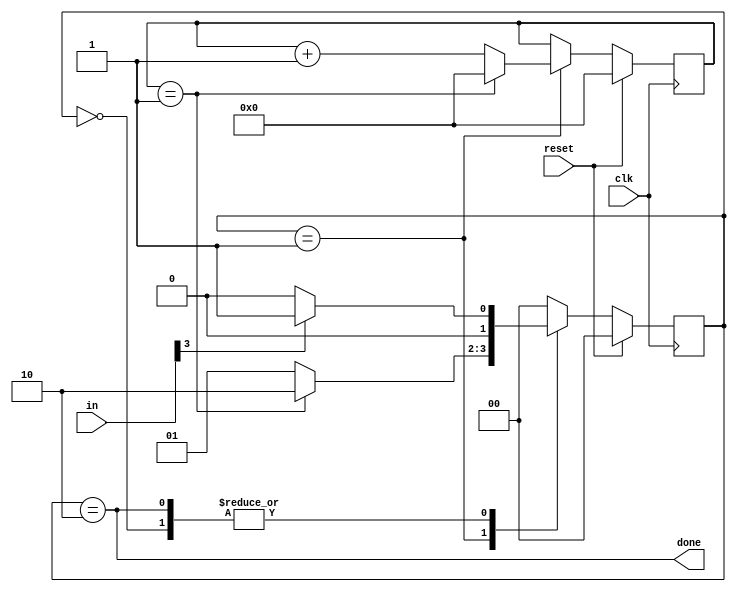
module top_module(
    input clk,
    input [7:0] in,
    input reset,    // Synchronous reset
    output done); //

    
    //
    //IDLEin[3]
    //COUNT
    //DONE
    //DONEin[3]idle
    //
    parameter IDLE=0, COUNT=1, DONE=2;
    reg [1:0] state, next_state;
    reg [4:0] cnt;
    
    
    //flagcntalwaysflagcnt
    always@(posedge clk)
        begin
            if(reset) begin
                    cnt<=0;
                end
            else if(state==COUNT)begin
                if(cnt==1) cnt<=0;
                else cnt<=cnt+1;
            end
        end
    
    // State transition logic (combinational)
    always@(*)
        begin
            case(state)
                IDLE: next_state = in[3]?COUNT:IDLE;
                COUNT:next_state = (cnt==1)?DONE:COUNT;
                DONE: next_state = in[3]?COUNT:IDLE;
                default:next_state = IDLE;
            endcase
        end
    // State flip-flops (sequential)
    always@(posedge clk)
        begin
            if(reset)
                state <= IDLE;
            else
                state <= next_state;
        end
    // Output logic
    assign done = (state == DONE);

endmodule